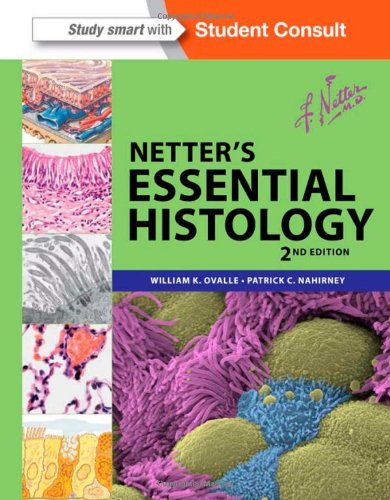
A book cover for Netter's Essential Histology: with Student Consult Access, 2e (Netter Basic Science); William K. Ovalle PhD; Medical Books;